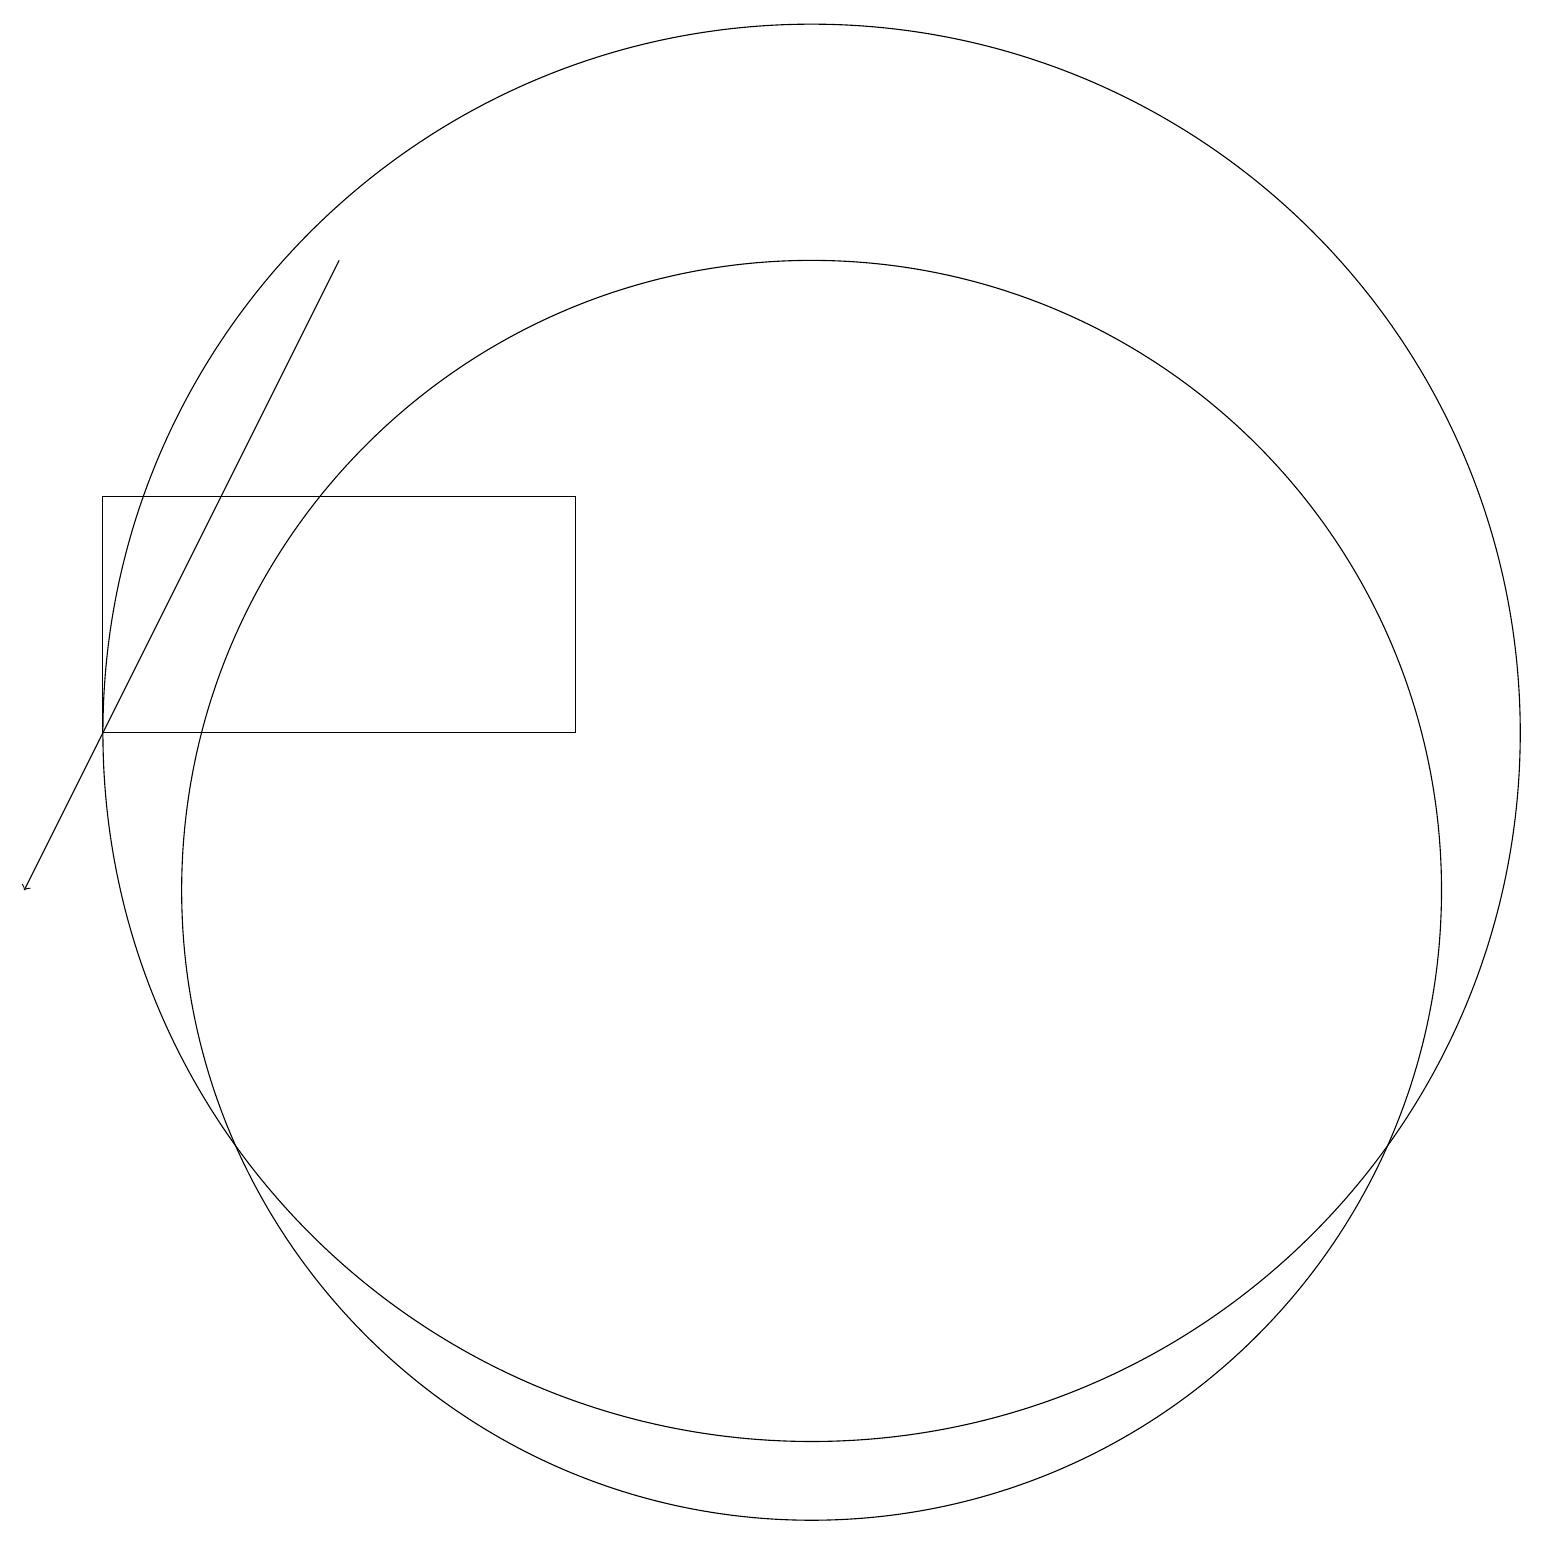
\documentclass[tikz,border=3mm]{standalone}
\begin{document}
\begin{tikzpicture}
\draw (2,12) rectangle (8,15);
\draw (11,10) circle (8);
\draw (11,12) circle (9);
\draw[->] (5,18) -- (1,10);
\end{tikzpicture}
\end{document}